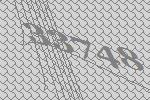
33748